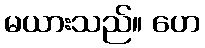
မယားသည်။ ဟေ